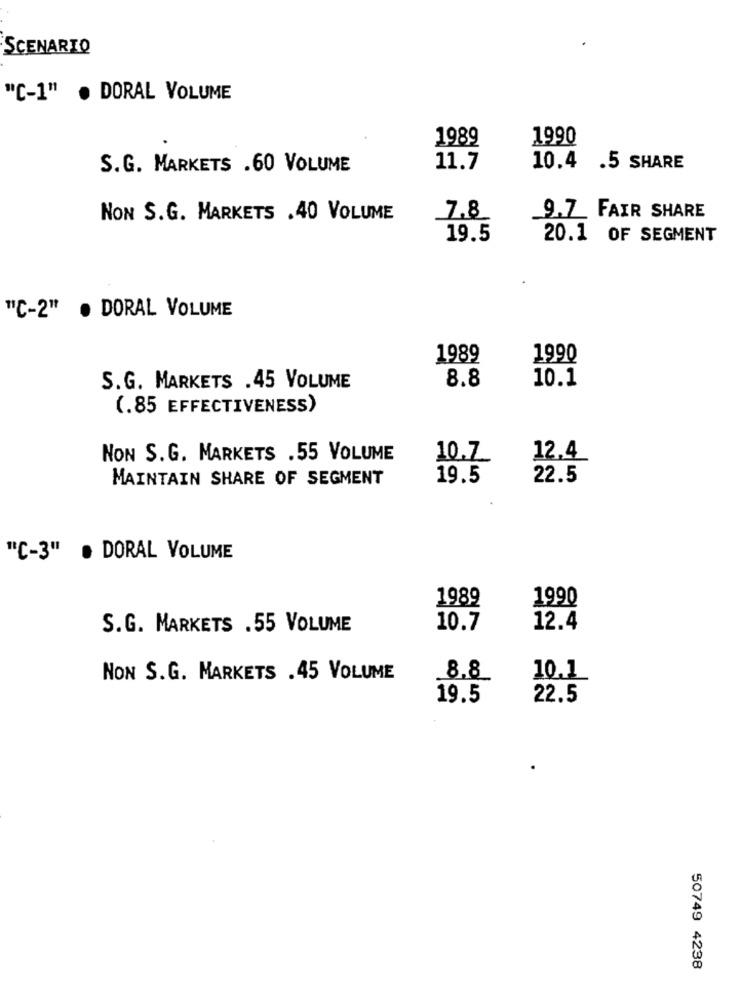
SCENARIO
"C-1" . DORAL VOLUME
1989
1990
S.G. MARKETS .60 VOLUME
11.7
10.4 .5 SHARE
NON S.G. MARKETS .40 VOLUME
7.8
9.7 FAIR SHARE
19.5
20.1 OF SEGMENT
"C-2" . DORAL VOLUME
1989
1990
8.8
10.1
S.G. MARKETS .45 VOLUME
(.85 EFFECTIVENESS)
NON S.G. MARKETS .55 VOLUME
10.7
12.4
MAINTAIN SHARE OF SEGMENT
19.5
22.5
"C-3"
DORAL VOLUME
1989
1990
S.G. MARKETS .55 VOLUME
10.7
12.4
NON S.G. MARKETS .45 VOLUME
8.8
10.1
19.5
22.5
50749 4238